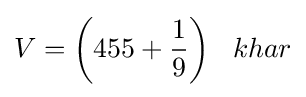
V={\bigg (}455+{\frac {1}{9}}{\bigg )}\;\;\;khar